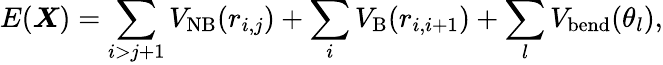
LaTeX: E(\boldsymbol{X})=\sum_{i>j+1}V_{\mathrm{NB}}(r_{i,j})+\sum_{i}V_{\mathrm{B}}(r_{i,i+1})+\sum_{l}V_{\mathrm{bend}}(\theta_{l}),